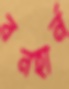
বনহার্ন